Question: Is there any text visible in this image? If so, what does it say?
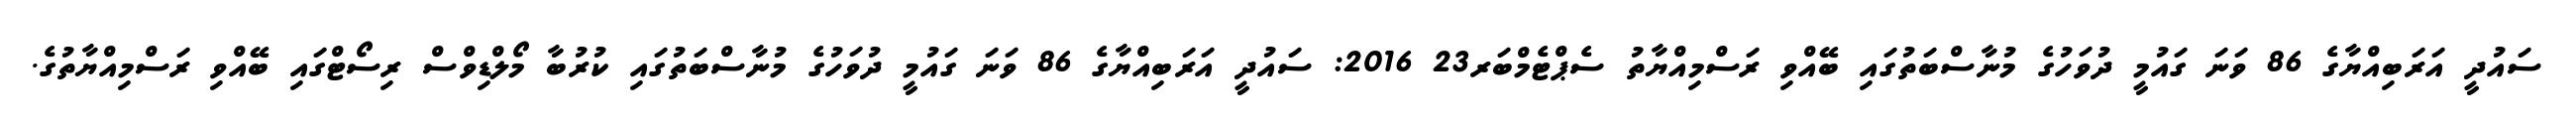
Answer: ސައުދީ އަރަބިއްޔާގެ 86 ވަނަ ގައުމީ ދުވަހުގެ މުނާސްބަތުގައި ބޭއްވި ރަސްމިއްޔާތު ސެޕްޓެމްބަރ23 2016: ސައުދީ އަރަބިއްޔާގެ 86 ވަނަ ގައުމީ ދުވަހުގެ މުނާސްބަތުގައި ކުރުބާ މޯލްޑިވްސް ރިސޯޓްގައި ބޭއްވި ރަސްމިއްޔާތުގެ.